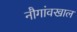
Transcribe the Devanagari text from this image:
नौगांवखाल